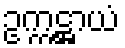
ဥက္ကဋ္ဌာယံ